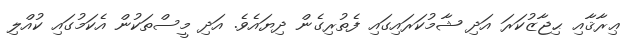
ޢިރާޤާއި ޙިޖާޒުކަރަ އަދި ޝާމުކަރައިގައި ފެތުރިގެން ދިޔައެވެ. އަދި މީސްތަކުން އެކަމުގައި ކުއްލި